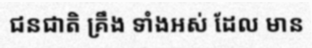
ជនជាតិ គ្រឹង ទាំងអស់ ដែល មាន